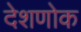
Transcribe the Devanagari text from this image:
देशणोक